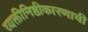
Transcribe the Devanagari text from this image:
व्यक्तीनिष्ठीकारणाची